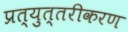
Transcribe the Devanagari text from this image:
प्रत्युत्तरीकरण